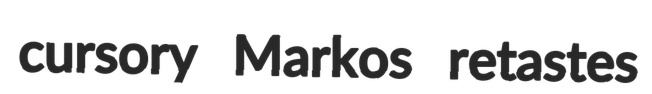
cursory Markos retastes